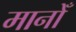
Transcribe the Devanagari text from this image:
मानोँ